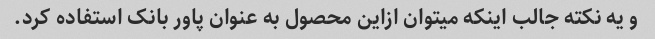
و یه نکته جالب اینکه میتوان ازاین محصول به عنوان پاور بانک استفاده کرد.